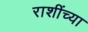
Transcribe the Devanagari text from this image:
राशींच्या